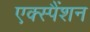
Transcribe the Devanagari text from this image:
एक्स्पैंशन